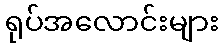
ရုပ်အလောင်းများ